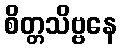
စိတ္တသိဗ္ဗနေ